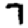
Digit: 7